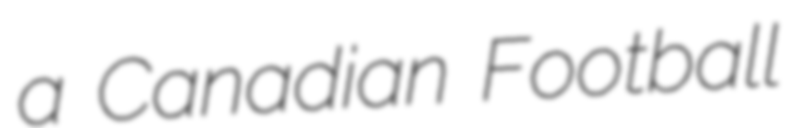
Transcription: a Canadian Football